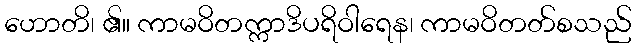
ဟောတိ၊ ၏။ ကာမဝိတက္ကာဒိပရိဝါရေန၊ ကာမဝိတတ်စသည်